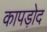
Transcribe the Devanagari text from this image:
कापड़ोद